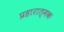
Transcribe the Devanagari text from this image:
प्रहारात्मक